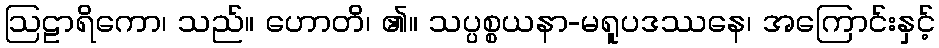
ဩဠာရိကော၊ သည်။ ဟောတိ၊ ၏။ သပ္ပစ္စယနာ-မရူပဒဿနေ၊ အကြောင်းနှင့်